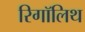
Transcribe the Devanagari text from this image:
रिगॉलिथ